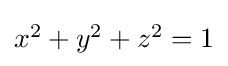
{\textstyle x^{2}+y^{2}+z^{2}=1}